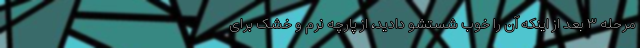
مرحله ۳ بعد از اینکه آن را خوب شستشو دادید، از پارچه نرم و خشک برای